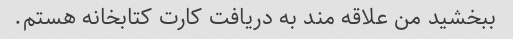
ببخشید من علاقه مند به دریافت کارت کتابخانه هستم.